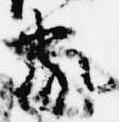
家